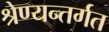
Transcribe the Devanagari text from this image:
श्रेण्यन्तर्गत